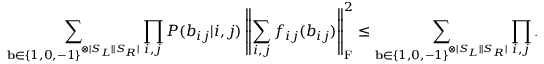
\sum _ { \mathbf { b } \in \{ 1 , 0 , - 1 \} ^ { \otimes | S _ { L } | | S _ { R } | } } \prod _ { i , j } P ( b _ { i j } | i , j ) \left| \left| \sum _ { i , j } f _ { i j } ( b _ { i j } ) \right| \right| _ { \mathrm { F } } ^ { 2 } \le \sum _ { \mathbf { b } \in \{ 1 , 0 , - 1 \} ^ { \otimes | S _ { L } | | S _ { R } | } } \prod _ { i , j } P ( b _ { i j } | i , j ) \sum _ { i , j } \left| \left| f _ { i j } ( b _ { i j } ) \right| \right| _ { \mathrm { F } } ^ { 2 }